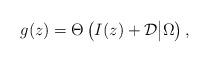
LaTeX: \begin{align*}g(z)=\Theta\left(I(z)+{\cal D}\big|\Omega\right),\end{align*}